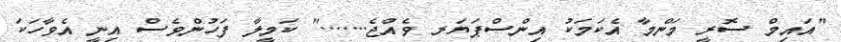
"އައިމް ސޮރީ މަންމާ އެކަމަކު އިންސްޕަޔަރ ވެއްޖެ......." ކަމީލާ ފަހުންވެސް އިނީ އެވާހަކަ